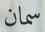
سمان